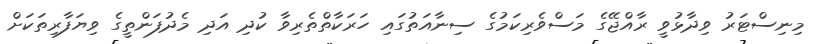
މިނިސްޓަރު ވިދާޅުވީ ރާއްޖޭގެ މަސްވެރިކަމުގެ ސިނާއަތުގައި ހަރަކާތްތެރިވާ ކުދި އަދި މެދުފަންތީގެ ވިޔަފާރިތަކަށް